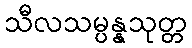
သီလသမ္ပန္နသုတ္တ